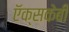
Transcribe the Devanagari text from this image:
ऍक्सकेबी